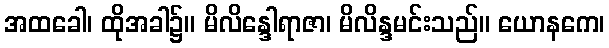
အထခေါ၊ ထိုအခါ၌။ မိလိန္ဒေါရာဇာ၊ မိလိန္ဒမင်းသည်။ ယောနကေ၊